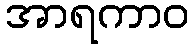
အာရကာဝ